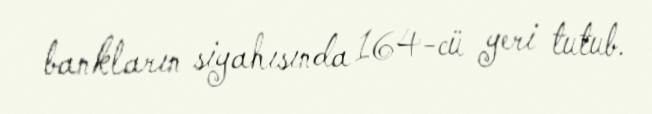
bankların siyahısında 164-cü yeri tutub.